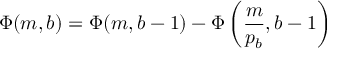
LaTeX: \Phi ( m , b ) = \Phi ( m , b - 1 ) - \Phi \left( { \frac { m } { p _ { b } } } , b - 1 \right)